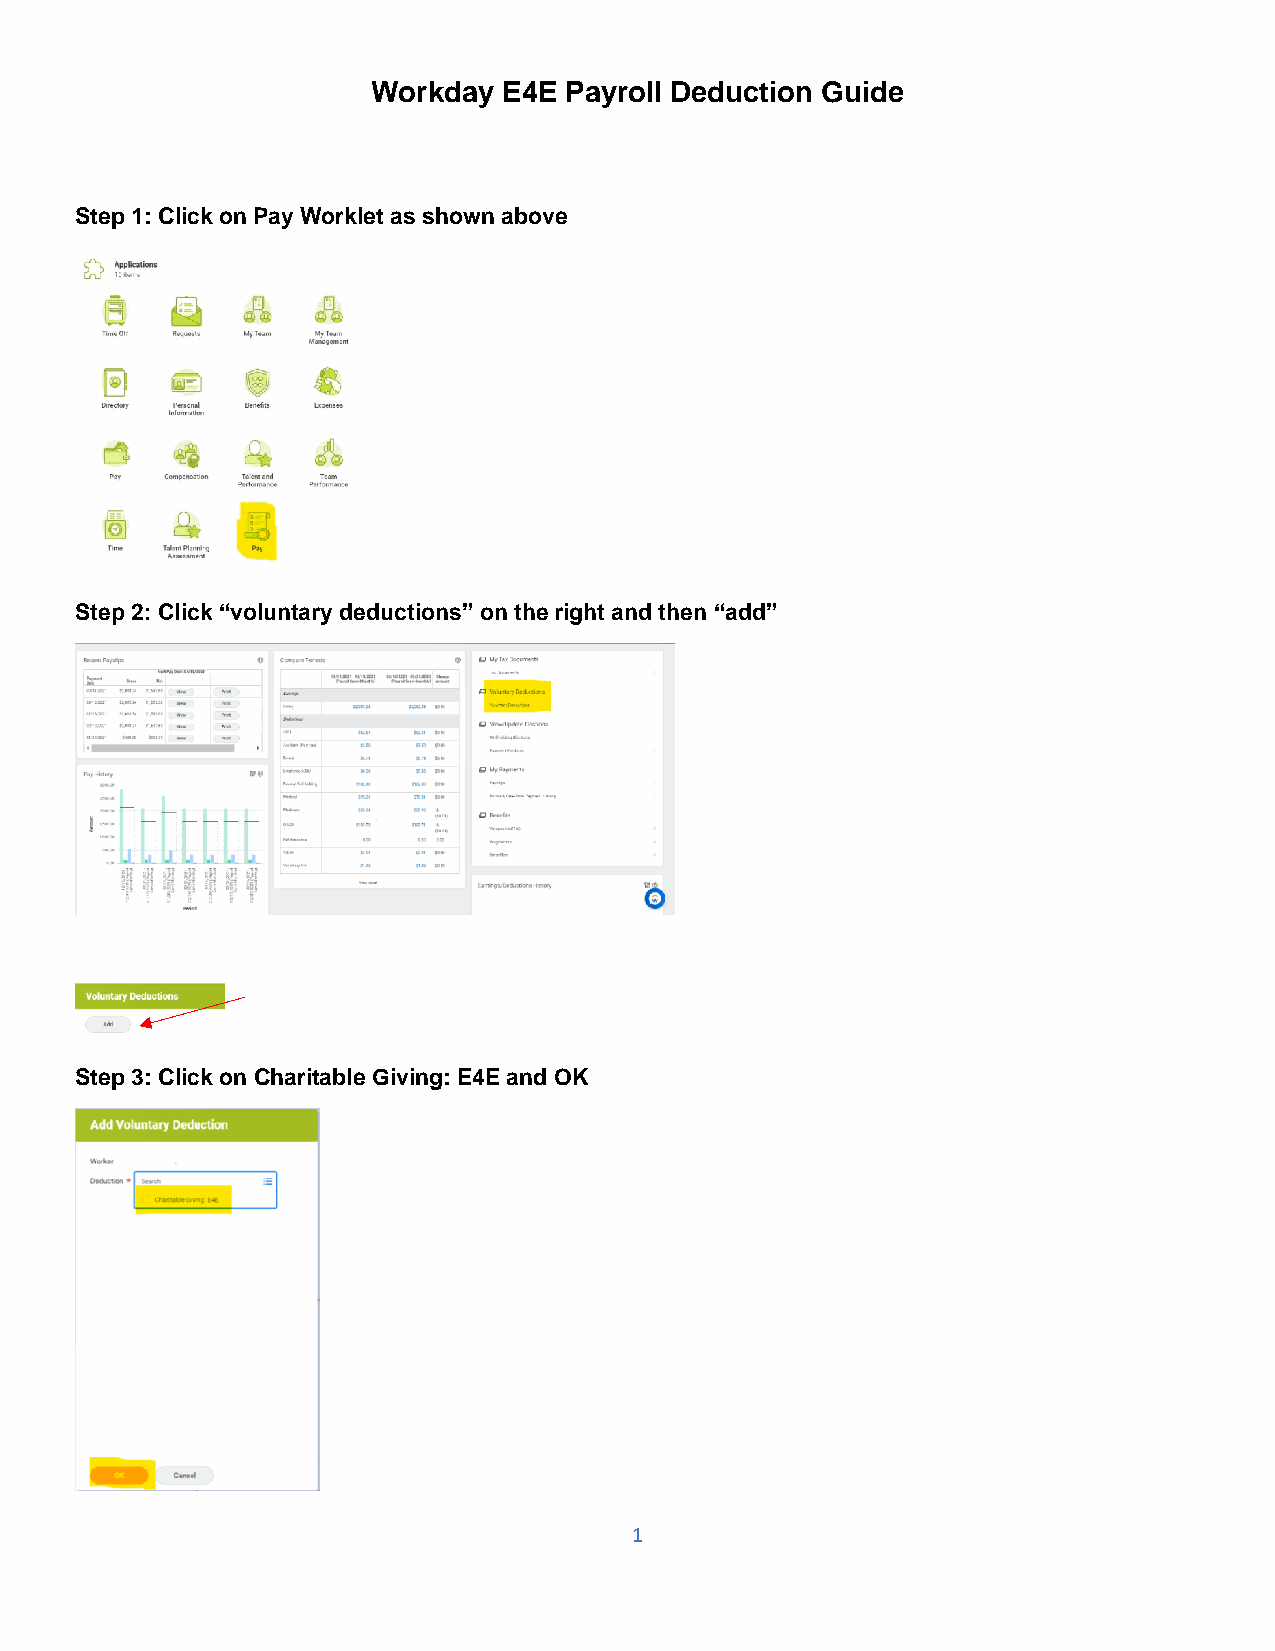
Workday E4E Payroll Deduction Guide
 Step 1: Click on Pay Worklet as shown above
 Step 2: Click “voluntary deductions” on the right and then “add”
 Step 3: Click on Charitable Giving: E4E and OK
 1